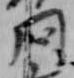
問